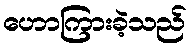
ဟောကြားခဲ့သည်